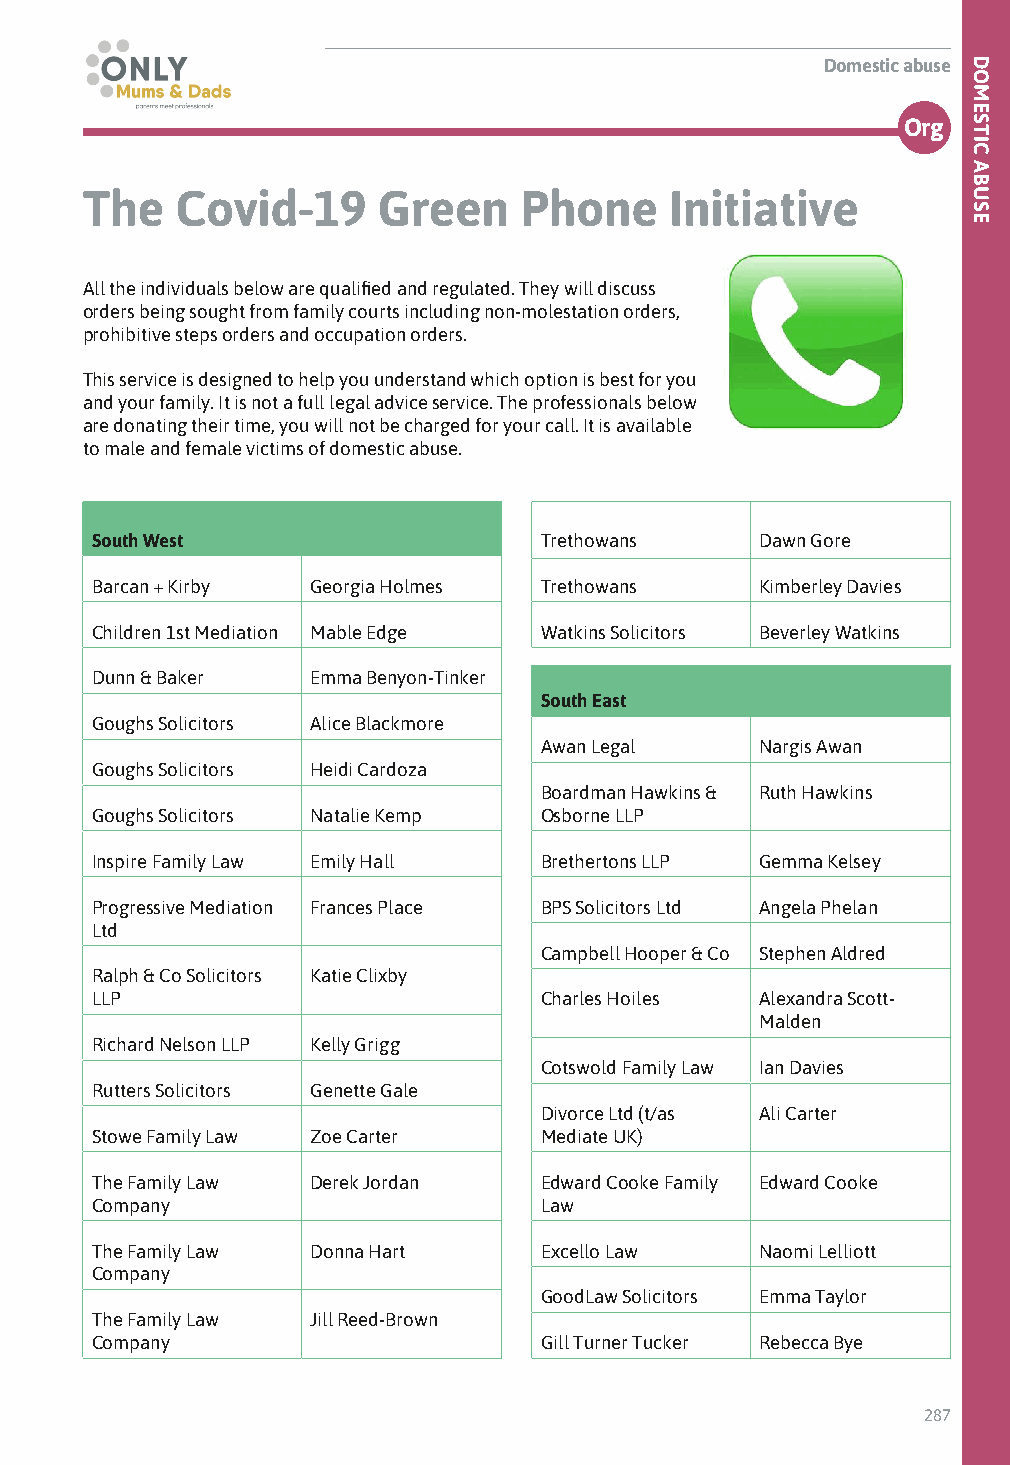
Domestic abuse
 Org
 The    Covid-19     Green    Phone     Initiative
 All the individuals below are qualified and regulated. They will discuss
 orders being sought from family courts including non-molestation orders,
 prohibitive steps orders and occupation orders.
 This service is designed to help you understand which option is best for you
 and your family. It is not a full legal advice service. The professionals below
 are donating their time, you will not be charged for your call. It is available
 to male and female victims of domestic abuse.
 South West                    Trethowans    Dawn Gore
 Barcan + Kirby Georgia Holmes Trethowans    Kimberley Davies
 Children 1st Mediation Mable Edge Watkins Solicitors Beverley Watkins
 Dunn & Baker   Emma Benyon-Tinker
 South East
 Goughs Solicitors Alice Blackmore
 Awan Legal    Nargis Awan
 Goughs Solicitors Heidi Cardoza
 Boardman Hawkins & Ruth Hawkins
 Goughs Solicitors Natalie Kemp Osborne LLP
 Inspire Family Law Emily Hall Brethertons LLP Gemma Kelsey
 Progressive Mediation Frances Place BPS Solicitors Ltd Angela Phelan
 Ltd
 Campbell Hooper & Co Stephen Aldred
 Ralph & Co Solicitors Katie Clixby
 LLP                           Charles Hoiles Alexandra Scott-
 Malden
 Richard Nelson LLP Kelly Grigg
 Cotswold Family Law Ian Davies
 Rutters Solicitors Genette Gale
 Divorce Ltd (t/as Ali Carter
 Stowe Family Law Zoe Carter   Mediate UK)
 The Family Law Derek Jordan   Edward Cooke Family Edward Cooke
 Company                       Law
 The Family Law Donna Hart     Excello Law   Naomi Lelliott
 Company
 GoodLaw Solicitors Emma Taylor
 The Family Law Jill Reed-Brown
 Company                       Gill Turner Tucker Rebecca Bye
 287
 DOMESTIC
 ABUSE